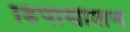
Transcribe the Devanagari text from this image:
डिपोसीशन